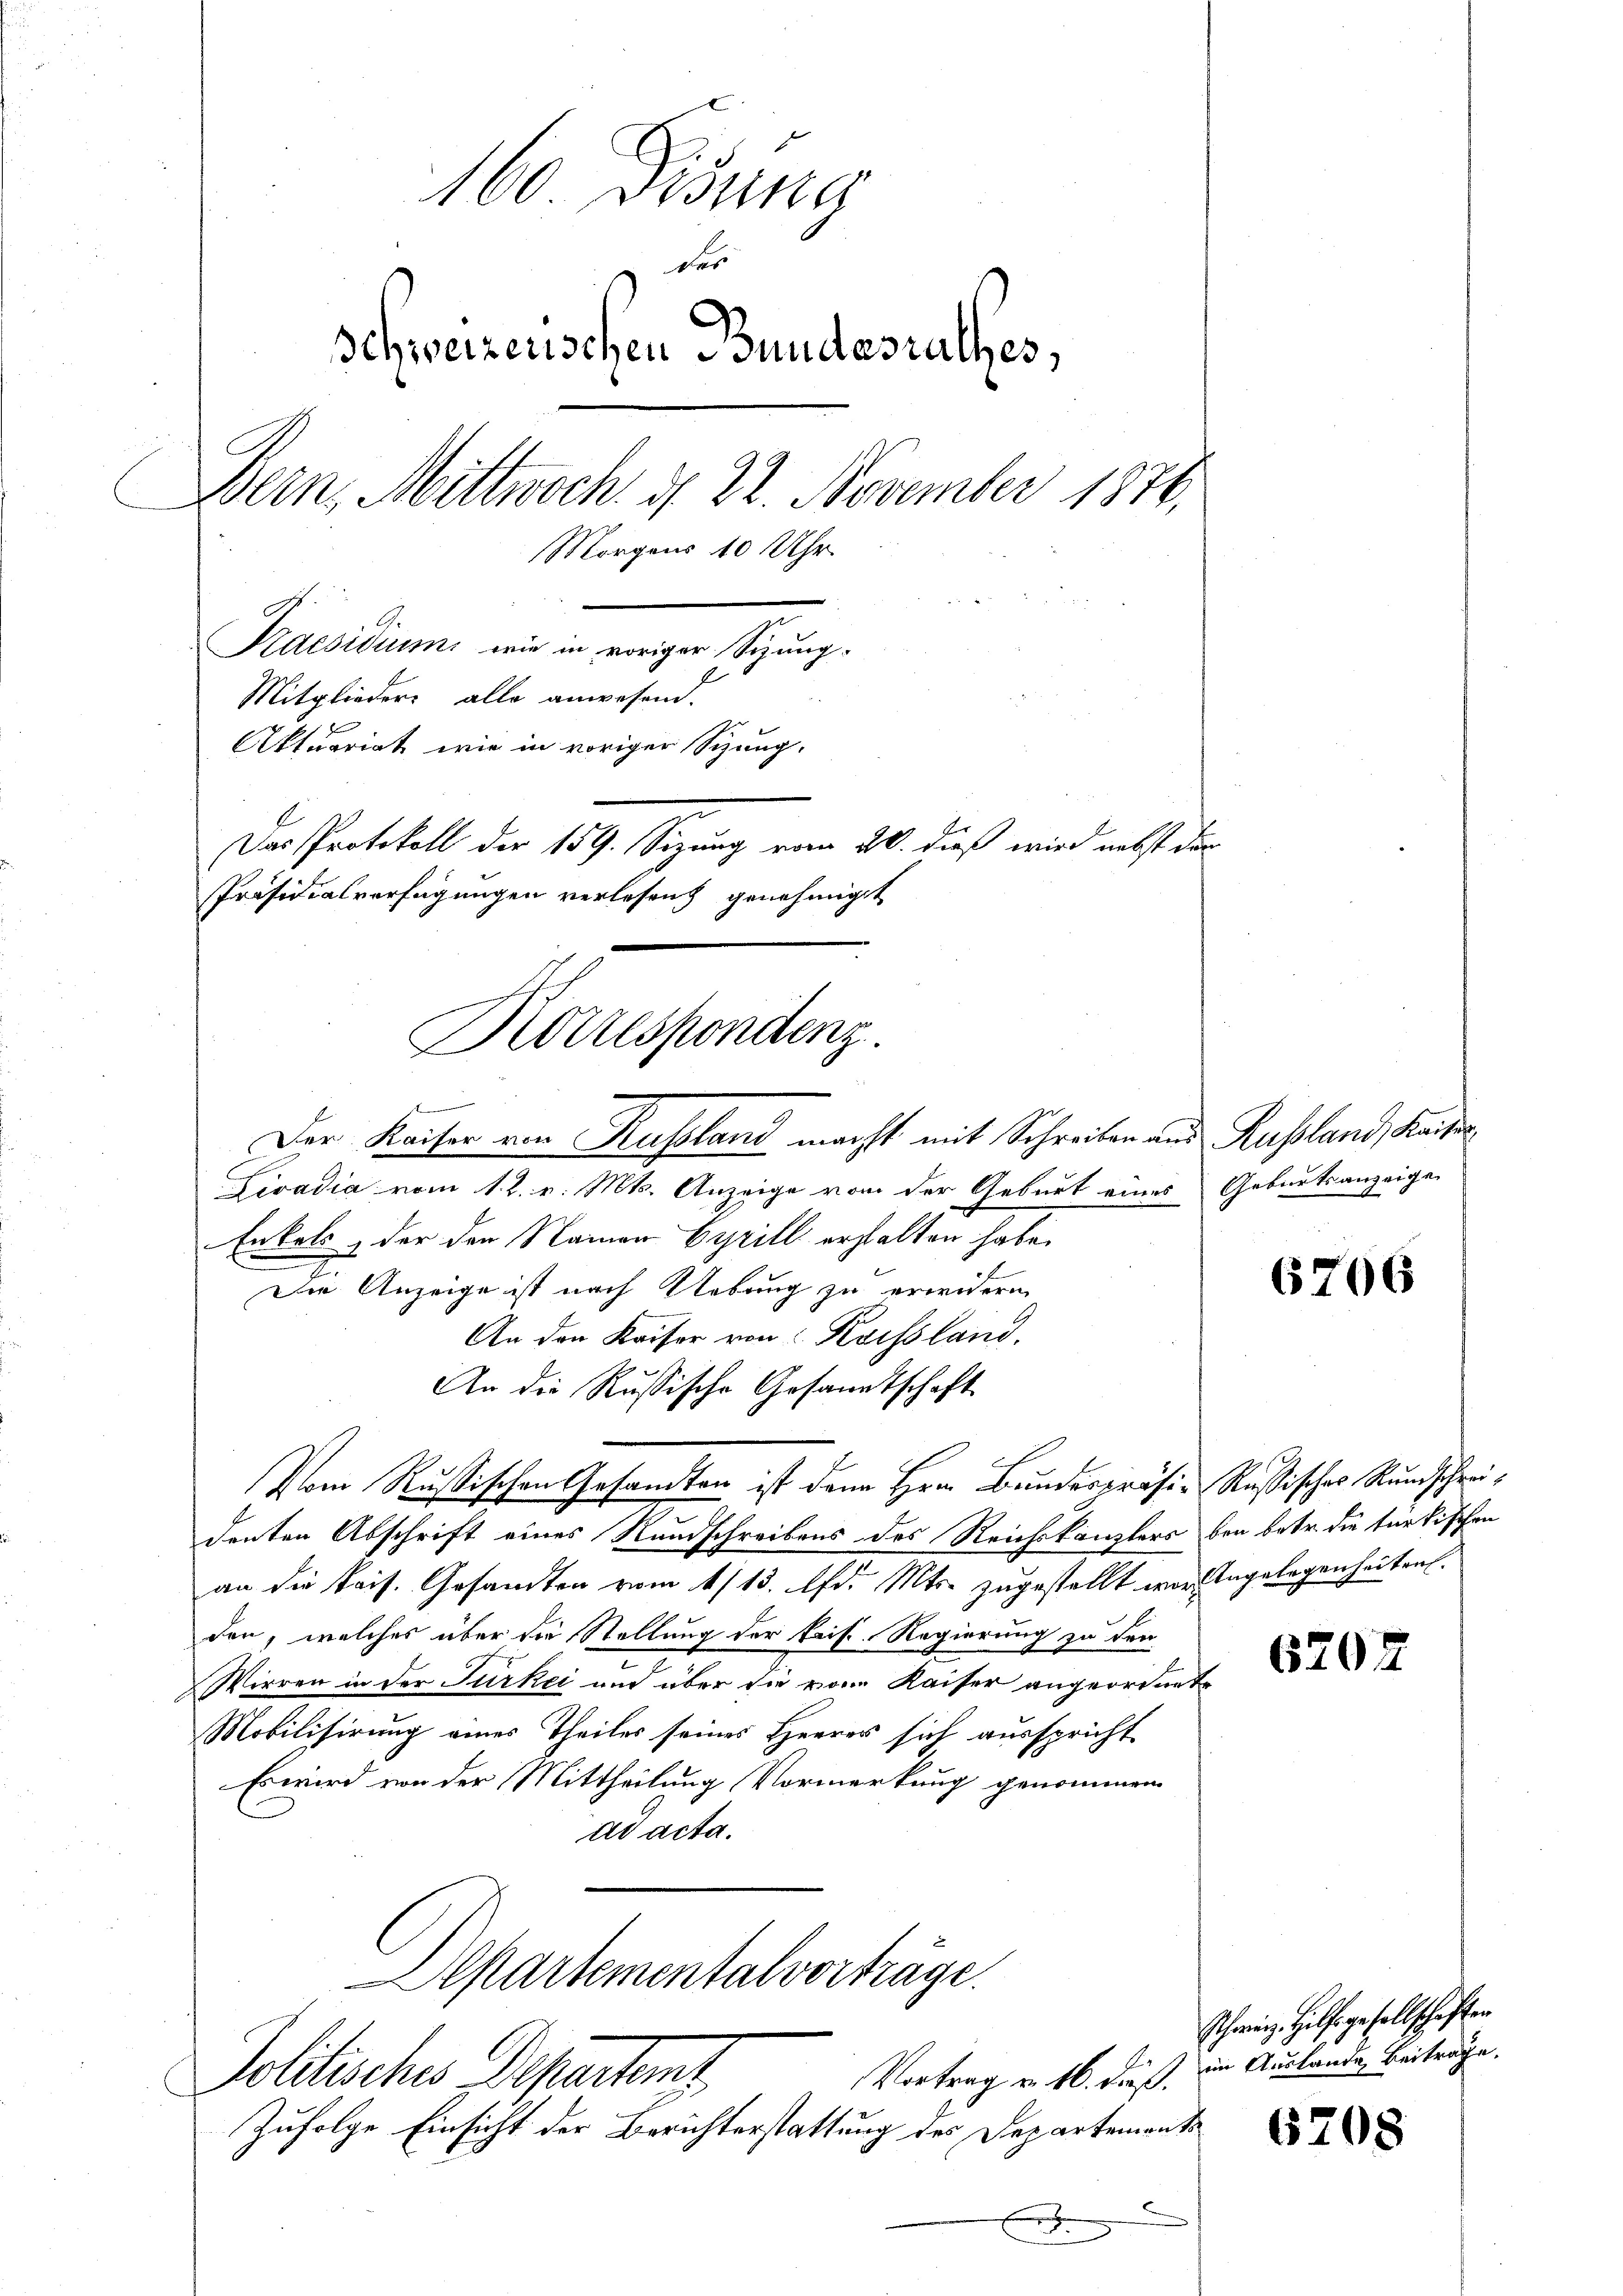
160. Disung
der
Schweizerischen Bundesrathes,
Bern, Mittwoch. d. 22. November 1876.
Morgens 10 Uhr.
Kaesidium wie in voriger Sitzung¬
Mitglieder alle anwesend.
Aktuariat wie in voriger Sitzung.
Das Protokoll der 159. Sitzung vom 20. dieß wird nebst der
Präsidialverfügungen verlesen genehmigt

Kottespondenz.

f
Der Kaiser von Russland macht mit Schreiben aus Russland, Kaiser,
Livadia vom 12. v. Mts. Anzeige vom der Geburt eines Geburtsanzeigen
Enkels, der den Namen Cyrill erhalten habe.
Die Anzeige ist nach Uebung zu erwidern
An den Kaiser von Koissland.
An die Russische Gesandtschaft
Vom Russischen Gesandten ist dann Hrn. Bundespräsi-Russisches Rundschreidenten Abschrift eines Rundschreibens des Reichskanzlers bei betr. die türkischen
an die kais. Gesandten vom 1/13. Apr. Mts. zugestellt wir Angelegenheiten.
den, welches über die Stellung der Fris. Regierung zu den
Wirren in der Türkei und über die von Kaiser angeordnete
Mobilisirung eines Theiles seines Herrer sich ausspricht
Es wird von der Mittheilung Vormerkung genommen
ad acta.
Separtementalvorträge.
Jolitisches Departamt
Vortrag u. 16. daß
Zufolge Einsicht der Berichterstattung des Departements
f

6706

6202

Schweiz. Hilfsgesellschaften
im Auslande Beiträge.

6708